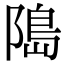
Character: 﨩